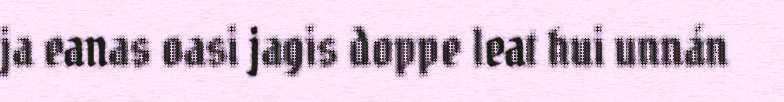
ja eanas oasi jagis doppe leat hui unnán